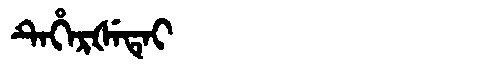
Manchu: ᡨᡝᡥᡝᡵᡧᡝᡨᡝᡳ
Romanization: TEHERŠETEI